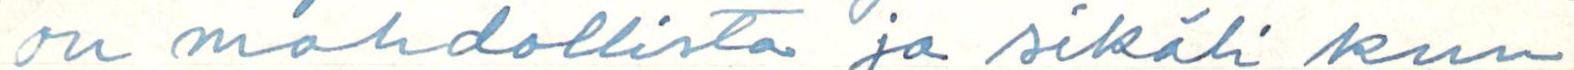
on mahdollista ja sikäli kun